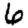
Digit: 6